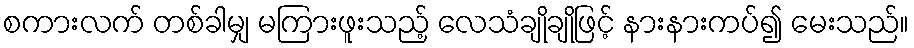
စကားလက် တစ်ခါမျှ မကြားဖူးသည့် လေသံချိုချိုဖြင့် နားနားကပ်၍ မေးသည်။